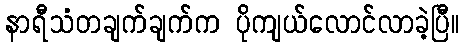
နာရီသံတချက်ချက်က ပိုကျယ်လောင်လာခဲ့ပြီ။